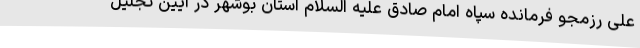
علی رزمجو فرمانده سپاه امام صادق علیه السلام استان بوشهر در آیین تجلیل